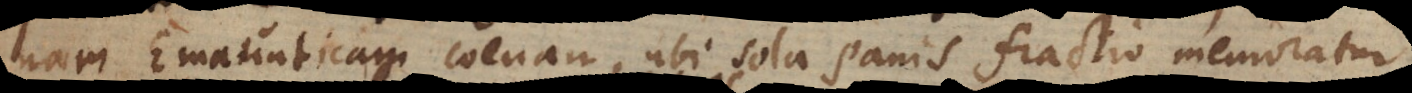
nam Emaunticam coenam, ubi sola panis fractio memoratur,